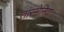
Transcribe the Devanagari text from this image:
तास्मेनिया